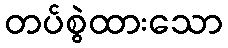
တပ်စွဲထားသော